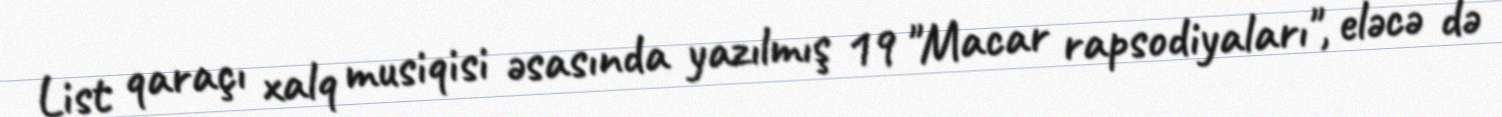
List qaraçı xalq musiqisi əsasında yazılmış 19 "Macar rapsodiyaları", eləcə də